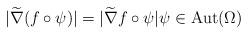
LaTeX: \begin{align*}|\widetilde{\nabla}(f\circ\psi)|=|\widetilde{\nabla}f\circ\psi| \psi\in \mathrm{Aut}(\Omega)\end{align*}